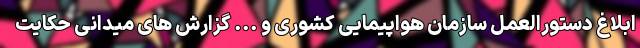
ابلاغ دستورالعمل سازمان هواپیمایی کشوری و ... گزارش های میدانی حکایت